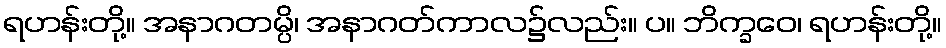
ရဟန်းတို့။ အနာဂတမ္ပိ၊ အနာဂတ်ကာလ၌လည်း။ ပ။ ဘိက္ခဝေ၊ ရဟန်းတို့။